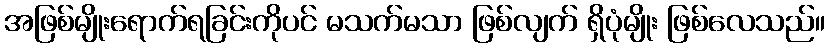
အဖြစ်မျိုးရောက်ရခြင်းကိုပင် မသက်မသာ ဖြစ်လျက် ရှိပုံမျိုး ဖြစ်လေသည်။